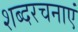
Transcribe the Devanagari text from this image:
शब्दरचनाएं